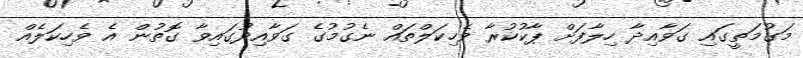
މަގުމަތީގައި ގަވާއިދާ ހިލާފަށް ޕާކުކުރާ ވެހިކަލްތައް ނެގުމުގެ ގަވާއިދުގައިވާ ގޮތުން އެ ވެހިކަލެއް